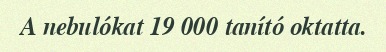
A nebulókat 19 000 tanító oktatta.